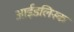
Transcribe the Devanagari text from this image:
आईडलिस्क